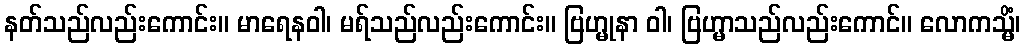
နတ်သည်လည်းကောင်း။ မာရေနဝါ၊ မရ်သည်လည်းကောင်း။ ဗြဟ္မုနာ ဝါ၊ ဗြဟ္မာသည်လည်းကောင်။ လောကသ္မိံ၊